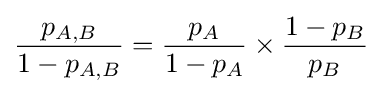
{\frac {p_{A,B}}{1-p_{A,B}}}={\frac {p_{A}}{1-p_{A}}}\times {\frac {1-p_{B}}{p_{B}}}